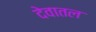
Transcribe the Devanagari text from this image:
देवातल